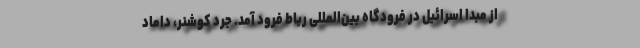
از مبدا اسرائیل در فرودگاه بین‌المللی رباط فرود آمد. جرد کوشنر، داماد